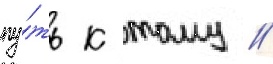
пу́ть к тому /